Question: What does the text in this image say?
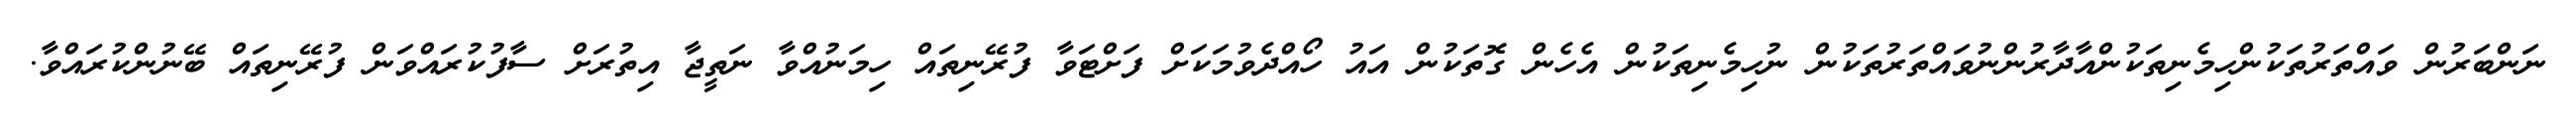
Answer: ނަންބަރުން ވައްތަރުތަކުންހިމެނިތަކުންއާދާރުންނުވައްތަރުތަކުން ނުހިމެނިތަކުން އެހެން ގޮތަކުން އައު ހޯއްދެވުމަކަށް ފަށްޓަވާ ފުރޭނިތައް ހިމަނުއްވާ ނަތީޖާ އިތުރަށް ސާފުކުރައްވަން ފުރޭނިތައް ބޭނުންކުރައްވާ.